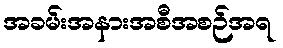
အခမ်းအနားအစီအစဉ်အရ